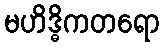
မဟိဒ္ဓိကတရော